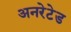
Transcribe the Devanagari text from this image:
अनरेटेड